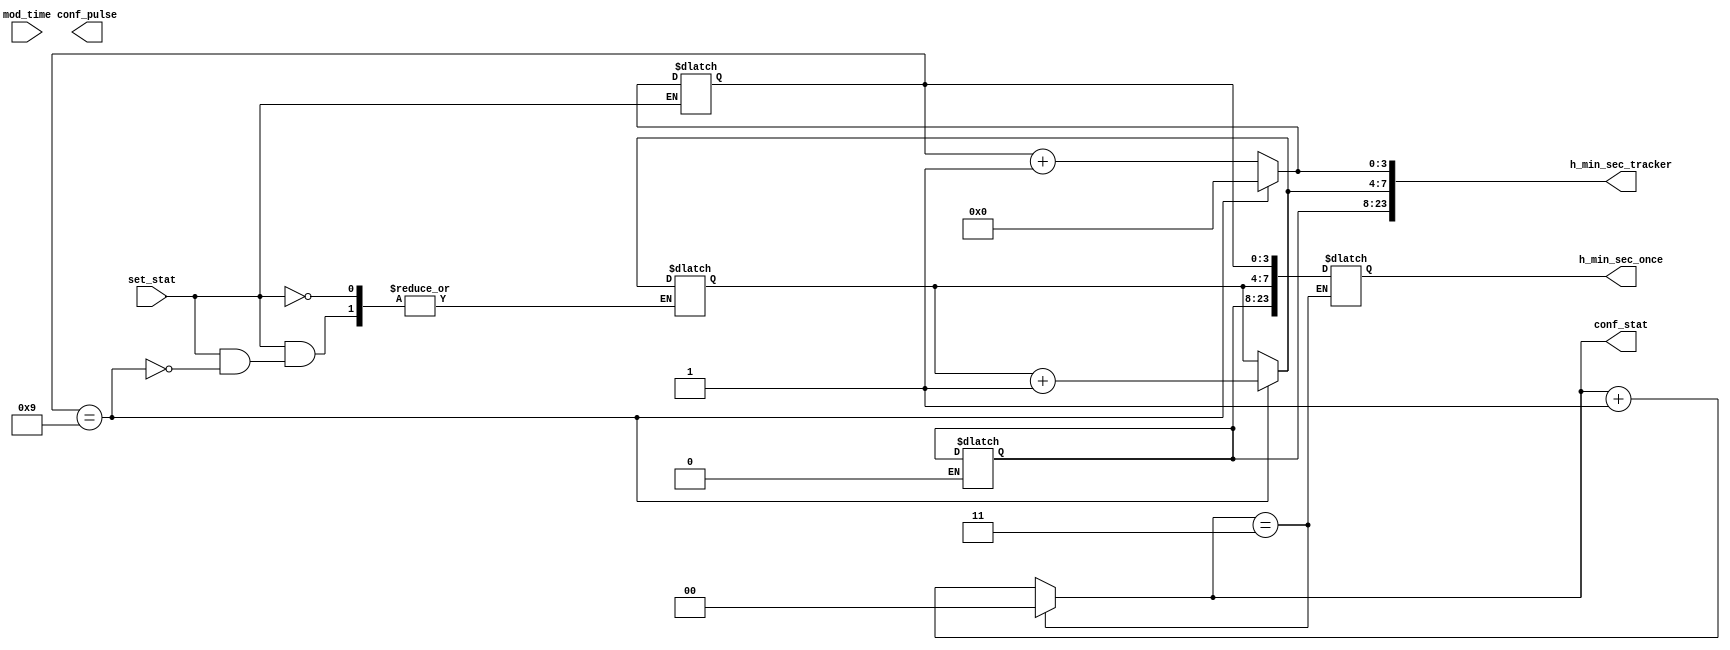
module conf(set_stat, mod_time, conf_pulse, conf_stat, h_min_sec_once, h_min_sec_tracker);
input set_stat, mod_time;
output reg conf_pulse;
output reg [1:0] conf_stat;
output reg [23:0] h_min_sec_once;  //connect to inner clock
output reg [23:0] h_min_sec_tracker;  //connect to screen
reg [23:0] buffer;

// config time or alarm, depends on outside flags
// set_stat values:
// ->0 ->1 ->2 ->3
// ->done ->sec ->min ->h
always @(set_stat)
begin
    if(conf_stat == 3)
    // commit to clock
    begin
        conf_stat = 0; //could be omitted
        h_min_sec_once = buffer;
    end
    else
        conf_stat = conf_stat + 1;
end

always @(mod_time)
begin
    case(set_stat)
        //2'b00:
            // nothing to do
        2'b01:
            buffer[7:0] = self_increase(buffer[7:0]);
        2'b10:
            buffer[15:8] = self_increase(buffer[15:8]);
        2'b11:
            buffer[23:16] = self_increase(buffer[23:16]);
    endcase
    // send to screen
    h_min_sec_tracker = buffer;
    // trigger screen
    conf_pulse = ~conf_pulse;
end

// common func, import from clock.v
function [7:0] self_increase;
input [7:0] self;
begin
    if(self[3:0] == 9)
    begin
        self_increase[3:0] = 0;
        self_increase[7:4] = self[7:4] + 1;
    end
    else
    begin
        self_increase[3:0] = self[3:0] + 1;
        self_increase[7:4] = self[7:4];
    end
end
endfunction
endmodule